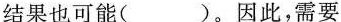
结果也可能()。因此，需要